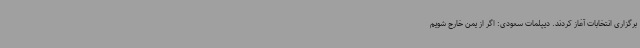
برگزاری انتخابات آغاز کردند. دیپلمات سعودی: اگر از یمن خارج شویم